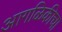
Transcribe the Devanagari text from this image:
आगळिकीचा